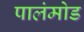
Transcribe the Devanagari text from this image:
पालंमोड